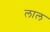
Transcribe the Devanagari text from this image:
लाल